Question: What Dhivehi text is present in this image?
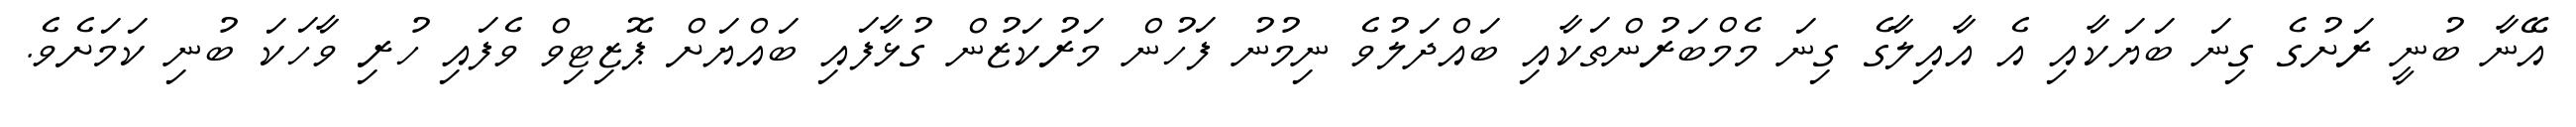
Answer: އޭނާ ބުނީ ރަށުގެ ގިނަ ބަޔަކާއި އެ އާއިލާގެ ގިނަ މެމްބަރުންތަކާއި ބައްދަލުވެ ނިމުނު ފަހުން މަރުކަޒުން ގުޅާފައި ބައްޔަށް ޕޮޒިޓިވް ވެފައި ހުރި ވާހަކަ ބުނި ކަމަށެވެ.